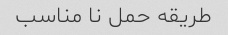
طریقه حمل نا مناسب